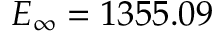
E _ { \infty } = 1 3 5 5 . 0 9